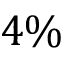
4 \%